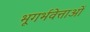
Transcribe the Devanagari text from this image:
भूगर्भवेत्ताओं